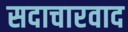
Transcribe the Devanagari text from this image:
सदाचारवाद